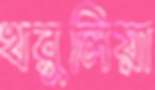
খরুলিয়া